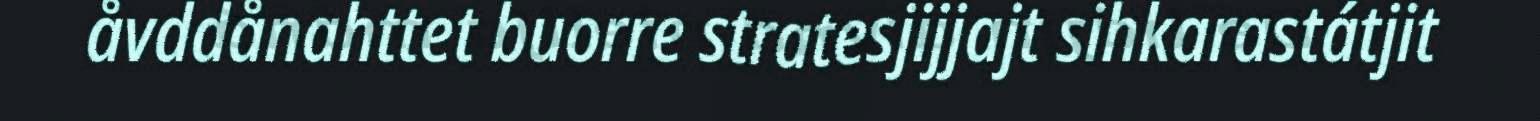
åvddånahttet buorre stratesjijjajt sihkarastátjit